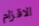
الاقزام